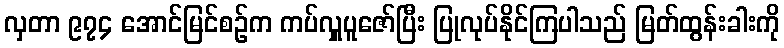
လှတာ ၉၇၄ အောင်မြင်စဉ်က ကပ်လှူပူဇော်ပြီး ပြုလုပ်နိုင်ကြပါသည် မြတ်ထွန်းခါးကို